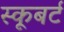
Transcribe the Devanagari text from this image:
स्कूबर्ट